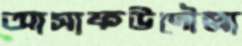
আসাফউদৌল্লা